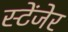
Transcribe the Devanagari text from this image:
स्टेंजेर